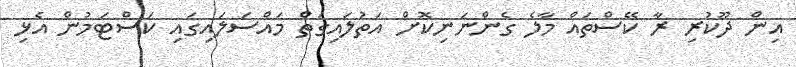
އިން ދޫކުރި ރާ ކޭސްތައް މާލެ ގެންނަނިކޮށް އަތުލައިގަތް މައްސަލައިގައި ކަސްޓަމުން އެޅި